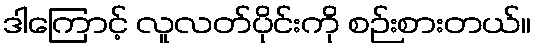
ဒါကြောင့် လူလတ်ပိုင်းကို စဉ်းစားတယ်။